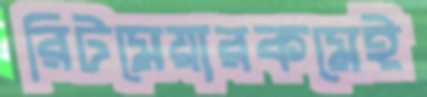
রিটমেয়ারকমেই